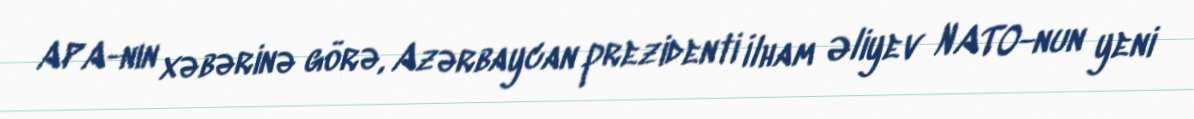
APA-nın xəbərinə görə, Azərbaycan prezidenti İlham Əliyev NATO-nun yeni